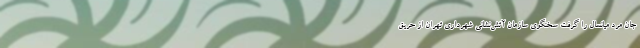
جان مرد میانسال را گرفت سخنگوی سازمان آتش‌نشانی شهرداری تهران از حریق